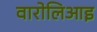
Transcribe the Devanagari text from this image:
वारोलिआइ